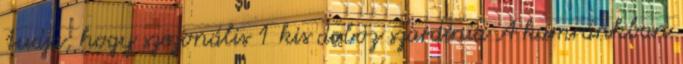
tudja, hogy szezonális 1 kis doboz szardínia A kamránkban